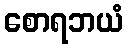
စောရဘယံ